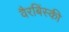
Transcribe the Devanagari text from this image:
वैरबिंस्की